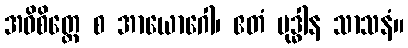
အဓိစိတ္တေ စ အာယောဂေါ၊ ဧတံ ဗုဒ္ဓါန သာသနံ။